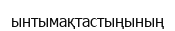
ынтымақтастыңының